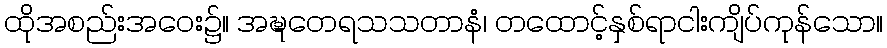
ထိုအစည်းအဝေး၌။ အဍ္ဎတေရသသတာနံ၊ တထောင့်နှစ်ရာငါးကျိပ်ကုန်သော။